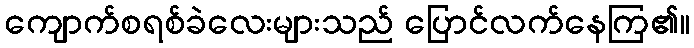
ကျောက်စရစ်ခဲလေးများသည် ပြောင်လက်နေကြ၏။